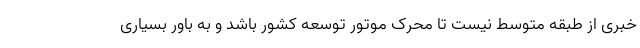
خبری از طبقه متوسط نیست تا محرک موتور توسعه کشور باشد و به باور بسیاری